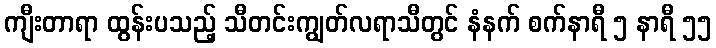
ကျီးတာရာ ထွန်းပသည့် သီတင်းကျွတ်လရာသီတွင် နံနက် စက်နာရီ ၅ နာရီ ၅၅